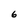
Character: 6